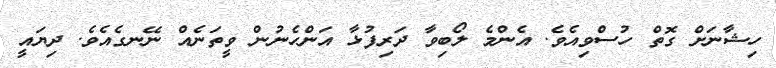
ހިޝާނަށް ގޮތް ހުސްވިއެވެ. އެންމެ ލޯބިވާ ދަރިފުޅާ އަންހެނުން ވީތަނެއް ނޭނގެއެވެ. ދިޔައީ